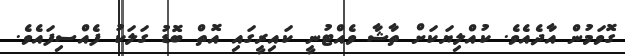
ގޮވަމުން އާދެއެވެ. ކުއްލިޔަކަށް ތާޝާ ވެއްޓުނީ ކައިރީގައި އޮތް ބޮޑު ގަލަކު ފެއްސިފައެވެ.